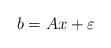
LaTeX: \begin{align*}b = Ax + \varepsilon\end{align*}